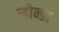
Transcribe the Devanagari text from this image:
ऱ्होन्डा